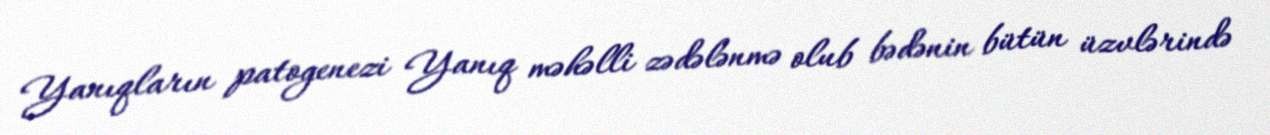
Yanıqların patogenezi Yanıq məhəlli zədələnmə olub bədənin bütün üzvlərində